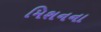
મિશનના